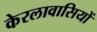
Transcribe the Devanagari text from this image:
केरलावासियों